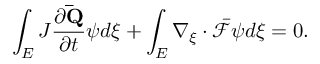
\int _ { E } J \frac { \partial \mathbf { \bar { Q } } } { \partial t } \psi d \xi + \int _ { E } \nabla _ { \xi } \cdot \bar { \mathcal { F } } \psi d \xi = 0 .